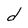
Character: d